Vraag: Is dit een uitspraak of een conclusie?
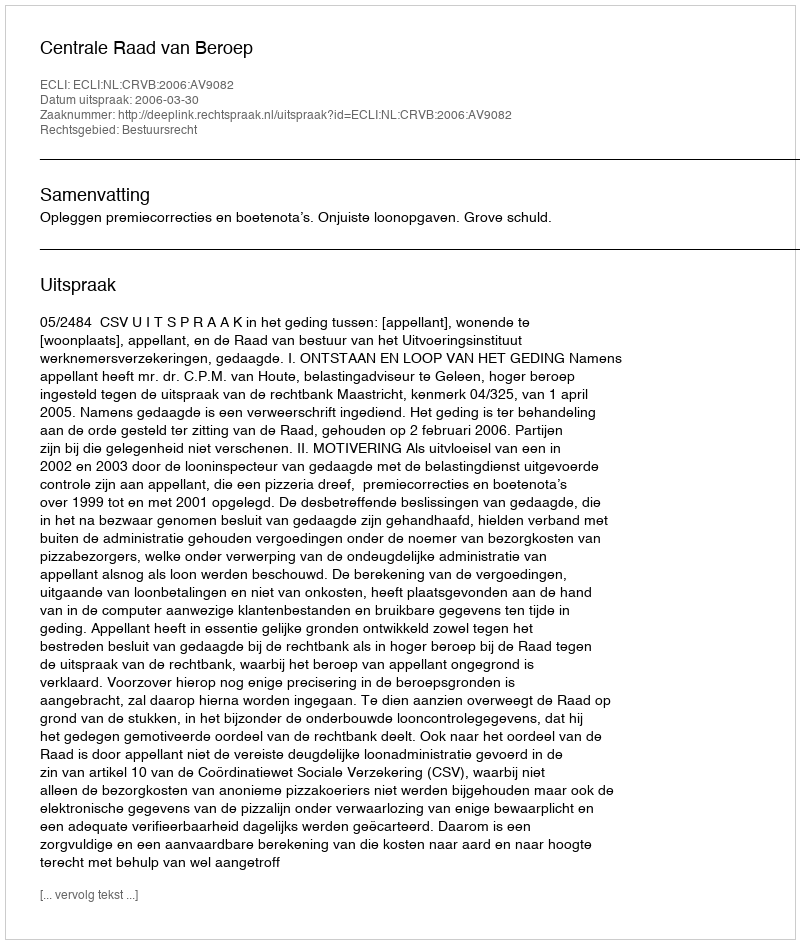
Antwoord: Uitspraak